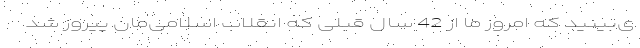
ی‌بینید که امروز ما از 42 سال قبلی که انقلاب اسلامی‌مان پیروز شد